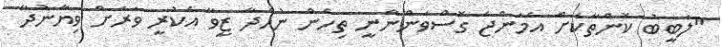
"ލަބީބު ކޮންތާކަށް އެމަންޖެ ގޮސްވަންނާނީ ތިހެން ނުހަދާ ޒީވާ އެކުރީ ވަރަށް ވިޔާނުދާ